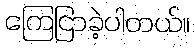
ကြေငြာခဲ့ပါတယ်။